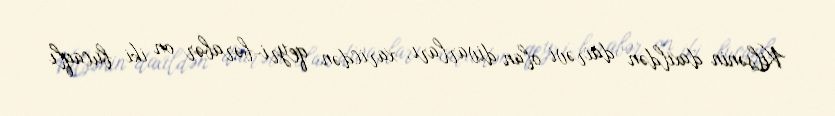
Kilsənin daxildən dairəvi olan divarları, xaricdən qeyri-bərabər on iki bucaqlı